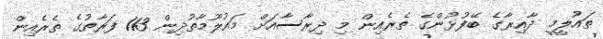
ތައުލީމީ ދާއިރާގެ ބޭފުޅުންގެ ތެރެއިން މި ދިރާސާއަށް މައުލޫމާތުދިން 113 ފަރާތުގެ ތެރެއިން